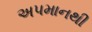
અપમાનથી